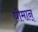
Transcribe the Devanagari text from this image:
धीमान्‌